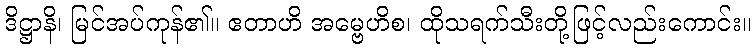
ဒိဋ္ဌာနိ၊ မြင်အပ်ကုန်၏။ ဧတာဟိ အမ္ဗေဟိစ၊ ထိုသရက်သီးတို့ဖြင့်လည်းကောင်း။